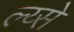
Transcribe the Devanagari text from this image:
ल्य्से